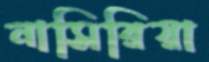
নাসিরিয়া